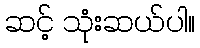
ဆင့် သုံးဆယ်ပါ။